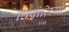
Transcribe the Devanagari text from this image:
चिंपांज़ियों